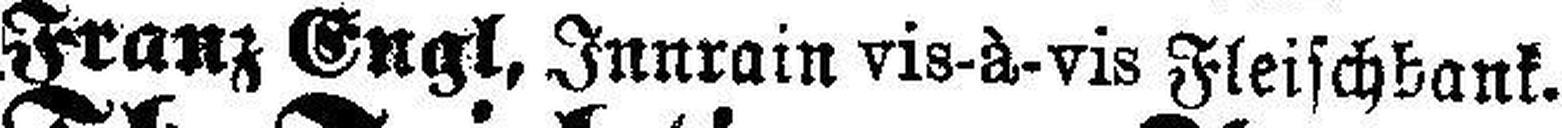
Franz Engl, Innrain vis-à-vis Fleischbank.